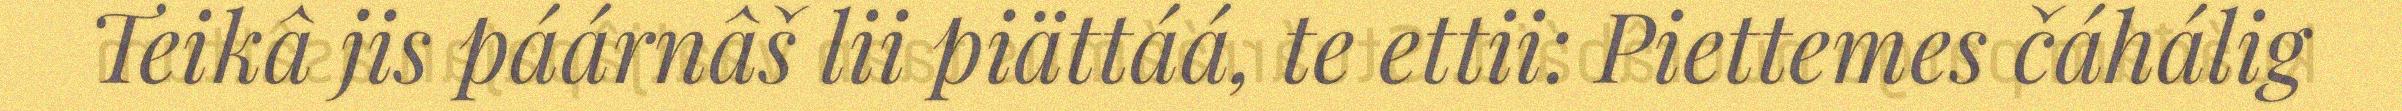
Teikâ jis páárnâš lii piättáá, te ettii: Piettemes čáhálig